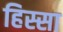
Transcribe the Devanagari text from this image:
हिस्सा